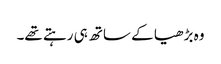
وہ بڑھیا کے ساتھ ہی رہتے تھے۔